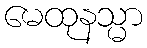
မေထုနသ္မာ